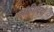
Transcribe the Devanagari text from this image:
अफ्रीदियों